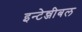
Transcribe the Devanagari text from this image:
इन्टेन्जीबल